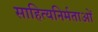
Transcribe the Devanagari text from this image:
साहित्यनिर्मताओं